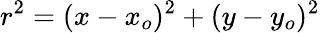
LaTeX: r^{2}=(x-x_{o})^{2}+(y-y_{o})^{2}